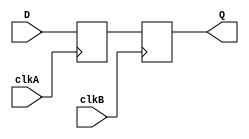
module master_slave_synchronizer (
    input wire D,         // Data input
    input wire clkA,     // Clock for the master flip-flop
    input wire clkB,     // Clock for the slave flip-flop
    output reg Q         // Synchronized output
);

    // Intermediate signal for the master flip-flop output
    reg Q1;

    // Master flip-flop (captures D on rising edge of clkA)
    always @(posedge clkA) begin
        Q1 <= D;          // Capture input data D
    end

    // Slave flip-flop (captures Q1 on rising edge of clkB)
    always @(posedge clkB) begin
        Q <= Q1;         // Capture output of master flip-flop
    end

endmodule